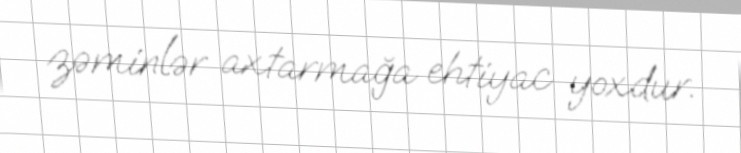
zəminlər axtarmağa ehtiyac yoxdur.